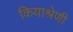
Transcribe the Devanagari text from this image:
कियाश्रेणी